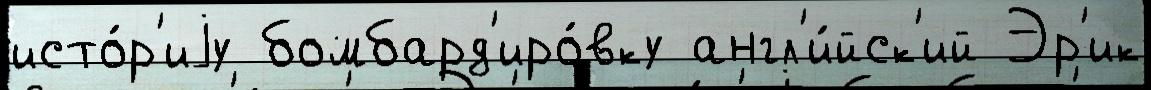
исто́р'иjу бомбард'иро́вку англ'и́йск'ий Эр'ик